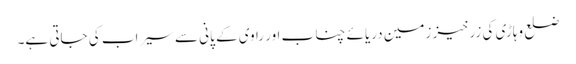
ضلع وہاڑی کی زرخیز زمین دریائے چناب اور راوی کے پانی سے سیراب کی جاتی ہے۔